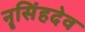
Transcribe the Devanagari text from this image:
नॄसिंहदेव